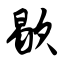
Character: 歇